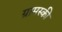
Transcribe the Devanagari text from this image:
ग्रामस्की